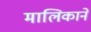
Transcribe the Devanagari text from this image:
मालिकाने